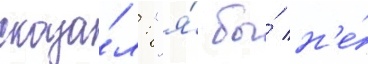
сказа́л: "я́ бы́ н'е́